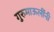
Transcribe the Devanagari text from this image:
गुरुमाऊलींनी